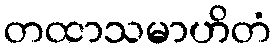
တထာသမာဟိတံ